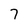
Character: 7